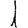
Digit: 1